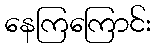
နေကြကြောင်း